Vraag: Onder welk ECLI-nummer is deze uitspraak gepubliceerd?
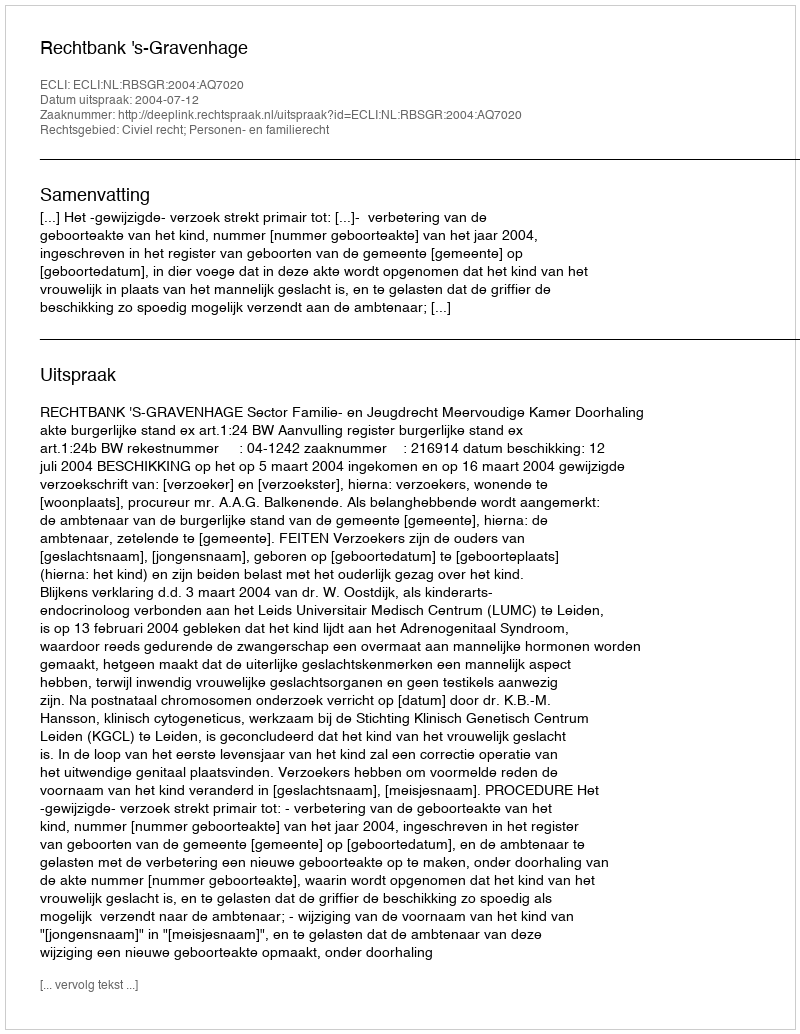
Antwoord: ECLI:NL:RBSGR:2004:AQ7020